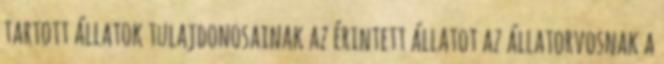
tartott állatok tulajdonosainak az érintett állatot az állatorvosnak a